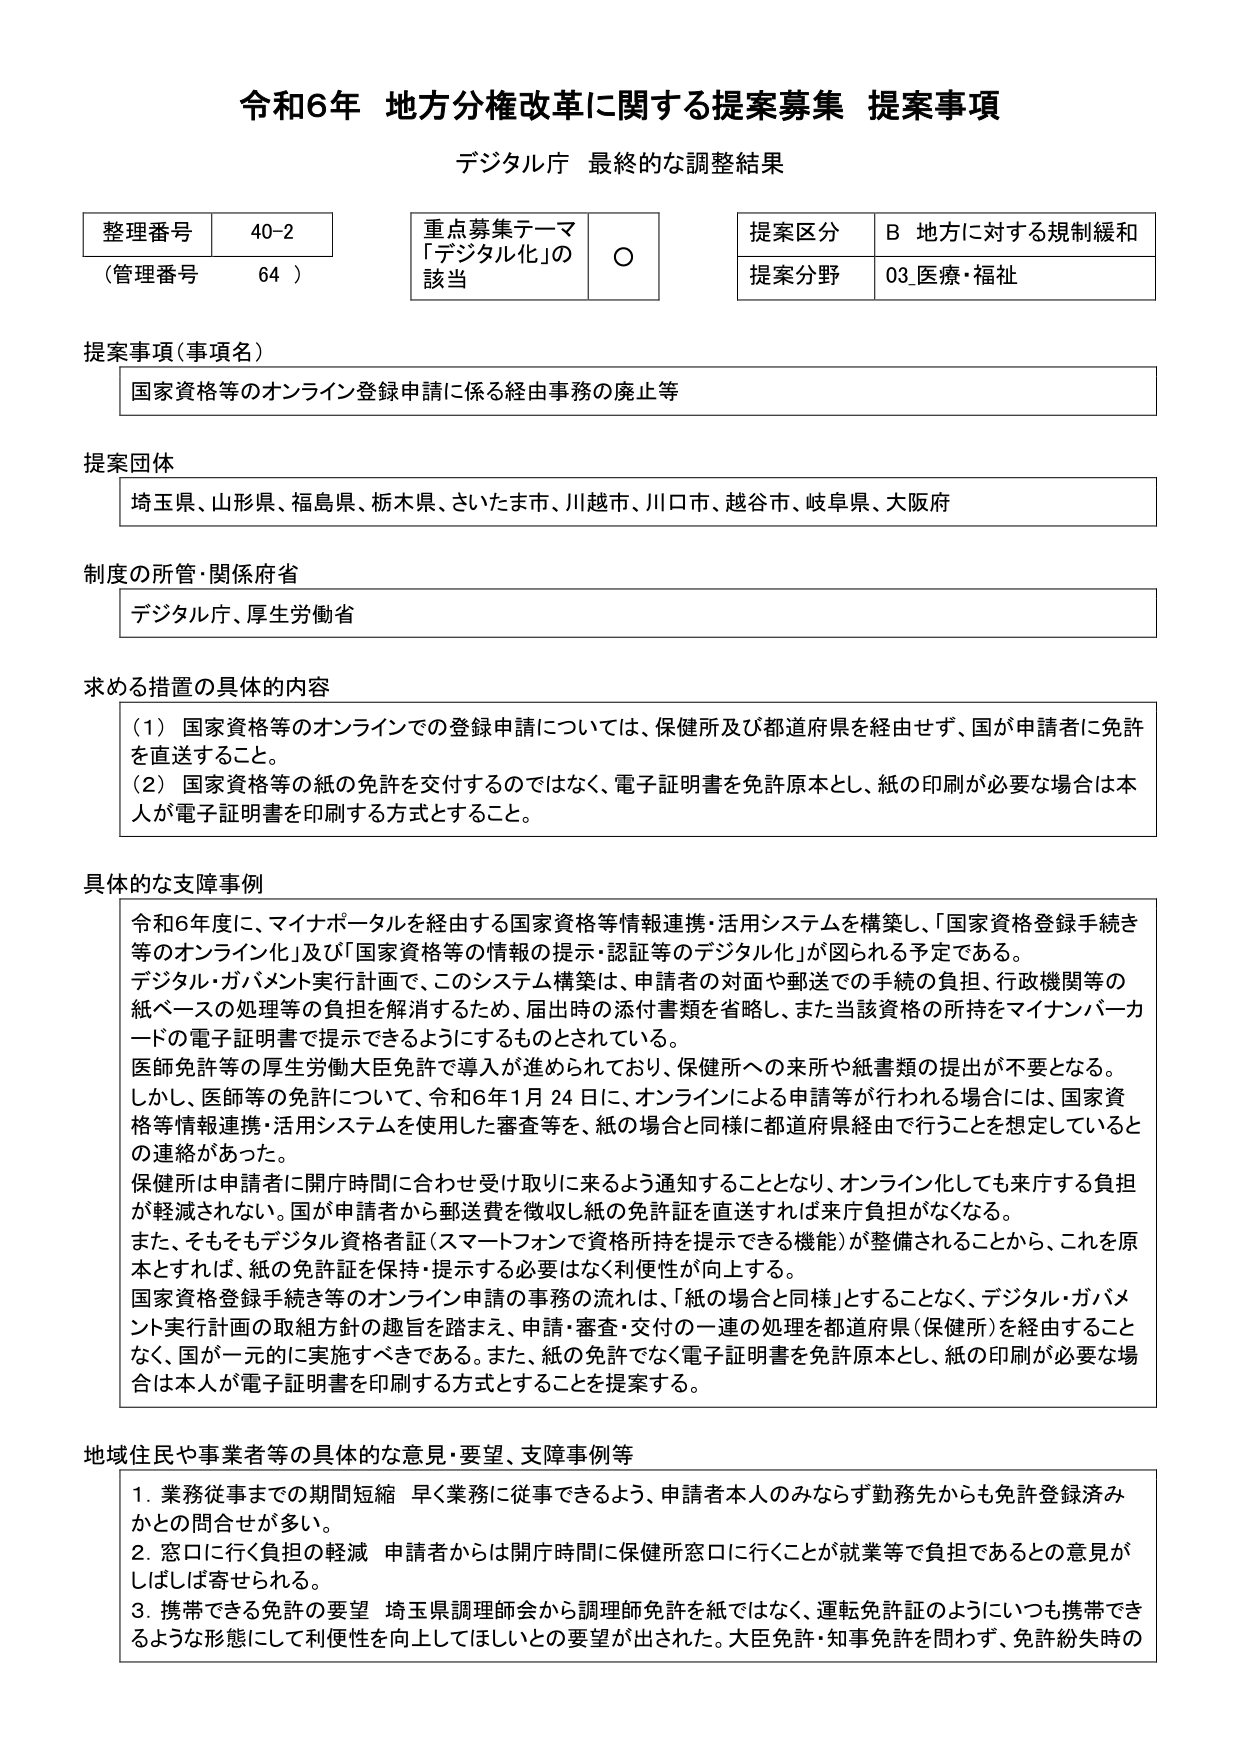
令和6年 地方分権改革に関する提案募集 提案事項
デジタル庁 最終的な調整結果

整理番号 40-2
（管理番号 64）

重点募集テーマ
「デジタル化」の該当 ○

提案区分 B 地方に対する規制緩和
提案分野 03 医療・福祉

提案事項（事項名）
国家資格等のオンライン登録申請に係る経由事務の廃止等

提案団体
埼玉県、山形県、福島県、栃木県、さいたま市、川越市、川口市、越谷市、岐阜県、大阪府

制度の所管・関係府省
デジタル庁、厚生労働省

求める措置の具体的内容
（1）国家資格等のオンラインでの登録申請については、保健所及び都道府県を経由せず、国が申請者に免許を直送すること。
（2）国家資格等の紙の免許を交付するのではなく、電子証明書を免許原本とし、紙の印刷が必要な場合は本人が電子証明書を印刷する方式とすること。

具体的な支障事例
令和6年度に、マイナポータルを経由する国家資格等情報連携・活用システムを構築し、「国家資格登録手続き等のオンライン化」及び「国家資格等の情報の提示・認証等のデジタル化」が図られる予定である。
デジタル・ガバメント実行計画で、このシステム構築は、申請者の対面や郵送での手続の負担、行政機関等の紙ベースの処理等の負担を解消するため、届出時の添付書類を省略し、また当該資格の所持をマイナンバーカードの電子証明書で提示できるようにするものとされている。
医師免許等の厚生労働大臣免許で導入が進められており、保健所への来所や紙書類の提出が不要となる。
しかし、医師等の免許について、令和6年1月24日に、オンラインによる申請等が行われる場合には、国家資格等情報連携・活用システムを使用した審査等を、紙の場合と同様に都道府県経由で行うことを想定しているとの連絡があった。
保健所は申請者に開庁時間に合わせ受け取りに来るよう通知することとなり、オンライン化しても来庁する負担が軽減されない。国が申請者から郵送費を徴収し紙の免許証を直送すれば来庁負担がなくなる。
また、そもそもデジタル資格者証（スマートフォンで資格所持を提示できる機能）が整備されることから、これを原本とすれば、紙の免許証を保持・提示する必要はなく利便性が向上する。
国家資格登録手続き等のオンライン申請の事務の流れは、「紙の場合と同様」とすることなく、デジタル・ガバメント実行計画の取組方針の趣旨を踏まえ、申請・審査・交付の一連の処理を都道府県（保健所）を経由することなく、国が一元的に実施すべきである。また、紙の免許でなく電子証明書を免許原本とし、紙の印刷が必要な場合は本人が電子証明書を印刷する方式とすることを提案する。

地域住民や事業者等の具体的な意見・要望、支障事例等
1. 業務従事までの期間短縮 早く業務に従事できるよう、申請者本人のみならず勤務先からも免許登録済みかとの問合せが多い。
2. 窓口に行く負担の軽減 申請者からは開庁時間に保健所窓口に行くことが就業で負担であるとの意見がしばしば寄せられる。
3. 携帯できる免許の要望 埼玉県調理師会から調理師免許を紙ではなく、運転免許証のようにいつも携帯できるような形態にして利便性を向上してほしいとの要望が出された。大臣免許・知事免許を問わず、免許紛失時の